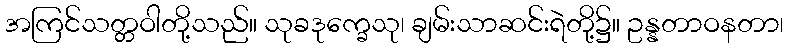
အကြင်သတ္တဝါတို့သည်။ သုခဒုက္ခေသု၊ ချမ်းသာဆင်းရဲတို့၌။ ဥန္နတာဝနတာ၊